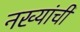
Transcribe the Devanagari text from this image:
नख्यांची